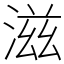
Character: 滋